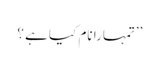
’’تمہارا نام کیا ہے ؟